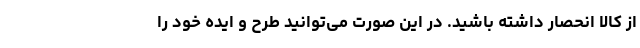
از کالا انحصار داشته باشید. در این صورت می‌توانید طرح و ایده خود را